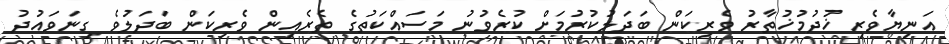
އަނިޔާވެރި ޚުދުމުޚުތާރު ވެރިކަން ބަދަލުކުރުމަށް ކުރެވުނު މަސައްކަތުގެ ތެރެއިން ވެރިކަން ބަދަލުވެ ގިނަވައުދު